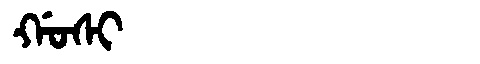
Manchu: ᡤᠣᠰᡳ
Romanization: GOSI